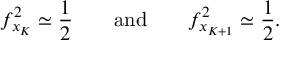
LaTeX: f _ { x _ { K } } ^ { 2 } \simeq \frac { 1 } { 2 } \qquad \mathrm { a n d } \qquad f _ { x _ { K + 1 } } ^ { 2 } \simeq \frac { 1 } { 2 } .